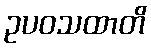
ဥပဝသထာတိ